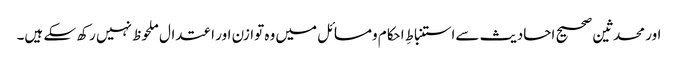
اور محدثین صحیح احادیث سےاستنباطِ احکام ومسائل میں وہ توازن اور اعتدال ملحوظ نہیں رکھ سکے ہیں۔